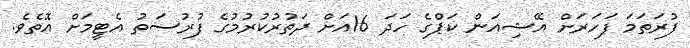
ފުރަތަމަ ފަހަރަށް އޭޝިއަން ކަޕްގެ ހަދަ 16އަށް ދަތުރުކުރުމުގެ ފުރުސަތު އެޓީމަށް އޮތެވެ.